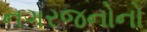
નગરજનોનો